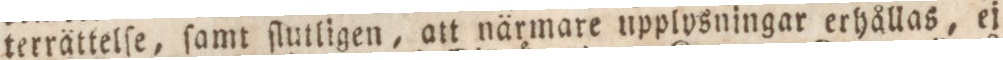
terrättelſe, ſamt ſlutligen, att närmare upplysningar erhållas, ej